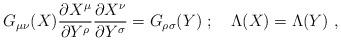
LaTeX: \begin{align*}G_{\mu\nu}(X)\frac{\partial X^\mu}{\partial Y^\rho}\frac{\partial X^\nu}{\partial Y^\sigma}=G_{\rho\sigma}(Y)\ ;\quad\Lambda(X)=\Lambda(Y) \ ,\end{align*}